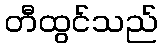
တီထွင်သည်